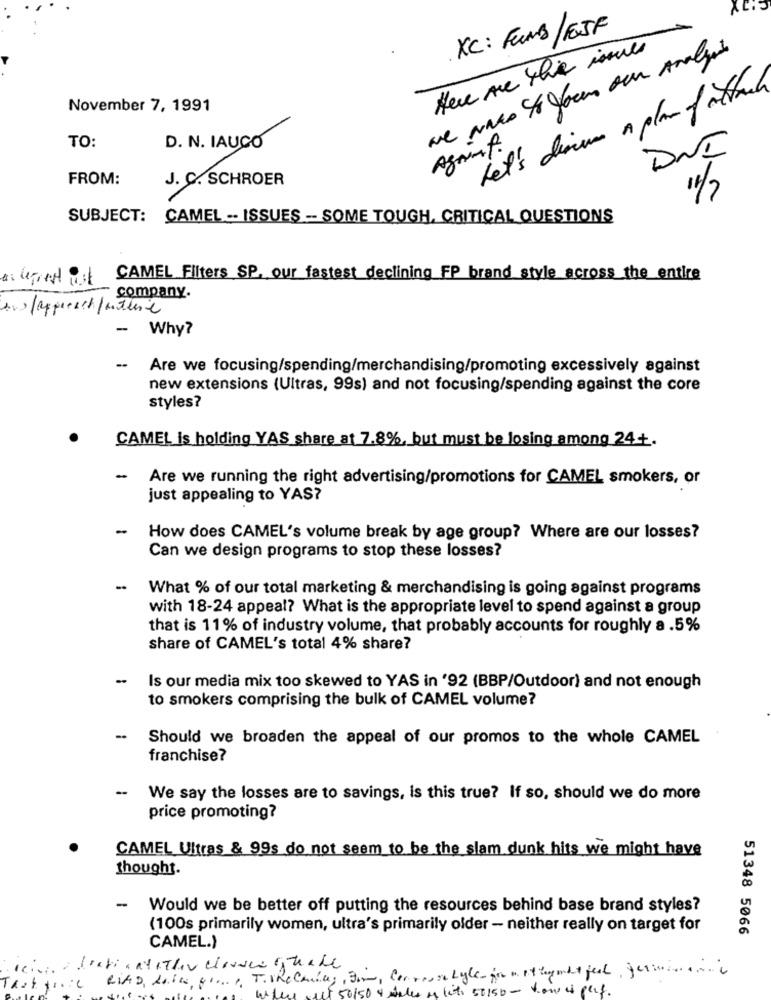
XC: FUND / EJF
we Nano 4 your our Analyst
Here are the isme
Let's diru a plan of attack
November 7, 1991
TO:
D. N. IAUCO
Agring.
DNE
FROM:
J. C. SCHROER
11/7
SUBJECT: CAMEL .. ISSUES -- SOME TOUGH, CRITICAL QUESTIONS
CAMEL Filters SP. our fastest declining FP brand style across the entire
company.
- Why?
--
Are we focusing/spending/merchandising/promoting excessively against
new extensions (Ultras, 99s) and not focusing/spending against the core
styles?
CAMEL is holding YAS share at 7.8%, but must be losing among 24+.
-
Are we running the right advertising/promotions for CAMEL smokers, or
just appealing to YAS?
-
How does CAMEL's volume break by age group? Where are our losses?
Can we design programs to stop these losses?
-
What % of our total marketing & merchandising is going against programs
with 18-24 appeal? What is the appropriate level to spend against a group
that is 11% of industry volume, that probably accounts for roughly a .5%
share of CAMEL's total 4% share?
..
Is our media mix too skewed to YAS in '92 (BBP/Outdoor) and not enough
to smokers comprising the bulk of CAMEL volume?
--
Should we broaden the appeal of our promos to the whole CAMEL
franchise?
-
We say the losses are to savings, Is this true? If so, should we do more
price promoting?
CAMEL Ultras & 99s do not seem to be the slam dunk hits we might have
thought.
-
Would we be better off putting the resources behind base brand styles?
(100s primarily women, ultra's primarily older - neither really on target for
51348 5066
CAMEL.)
(f 50/50 & wales os lits 50150 - how is plif.